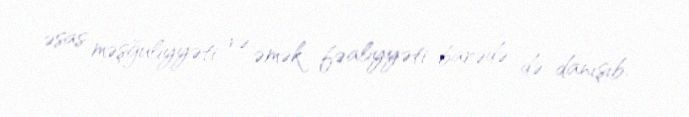
əsas məşğuliyyəti və əmək fəaliyyəti barədə də danışıb.